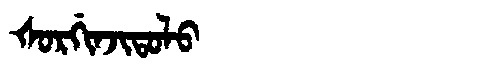
Manchu: ᡧᠣᡵᡤᡳᠨᠵᡳᡨᠣᠯᠣ
Romanization: ŠORGINJITOLO